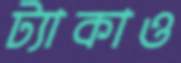
ট্যাকাও